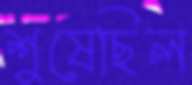
শুষেছিল